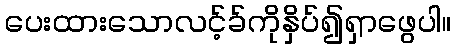
ပေးထားသောလင့်ခ်ကိုနှိပ်၍ရှာဖွေပါ။